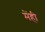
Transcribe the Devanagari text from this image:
मेंही